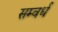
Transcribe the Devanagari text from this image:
सम्वर्ध